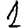
Digit: 1